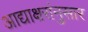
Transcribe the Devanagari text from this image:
आद्याक्षरांनुसार